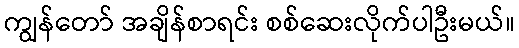
ကျွန်တော် အချိန်စာရင်း စစ်ဆေးလိုက်ပါဦးမယ်။